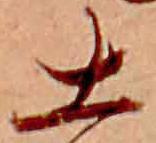
土